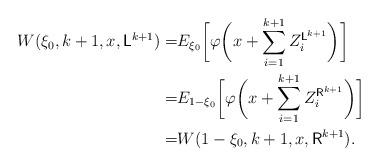
LaTeX: \begin{align*}\begin{aligned}W(\xi_0,k+1,x,\mathsf{L}^{k+1})=&E_{\xi_0}\biggl[\varphi\biggl(x+\sum_{i=1}^{k+1} Z_i^{\mathsf{L}^{k+1}}\biggr)\biggr]\\=&E_{1-\xi_0}\biggl[\varphi\biggl(x+\sum_{i=1}^{k+1} Z_i^{\mathsf{R}^{k+1}}\biggr)\biggr]\\=&W(1-\xi_0,k+1,x,\mathsf{R}^{k+1}).\end{aligned}\end{align*}